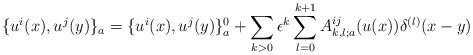
\begin{align*} \{u^i(x), u^j(y) \}_a = \{u^i(x), u^j(y) \}^{0}_a + \sum_{k>0} \epsilon^k\sum_{l=0}^{k+1} A^{ij}_{k,l;a} (u(x)) \delta^{(l)}(x-y)\end{align*}